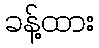
ခန့်ထား